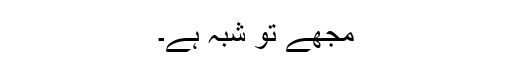
مجھے تو شبہ ہے۔